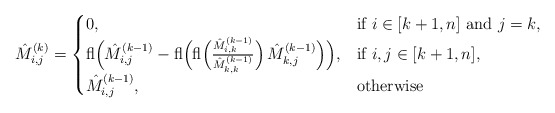
\begin{align*}\hat M^{(k)}_{i,j} & = \begin{cases} 0, & \mbox{if } i\in [k+1,n] \mbox{ and } j=k, \\{\rm fl} \Big( \hat M^{(k-1)}_{i,j} - {\rm fl}\Big({\rm fl}\Big(\frac{ \hat M^{(k-1)}_{i,k}}{ \hat M^{(k-1)}_{k,k}}\Big)\, \hat M^{(k-1)}_{k,j}\Big) \Big), &\mbox{if } i,j \in [k+1,n], \\ \hat M^{(k-1)}_{i,j}, & \mbox{otherwise}\end{cases} \end{align*}